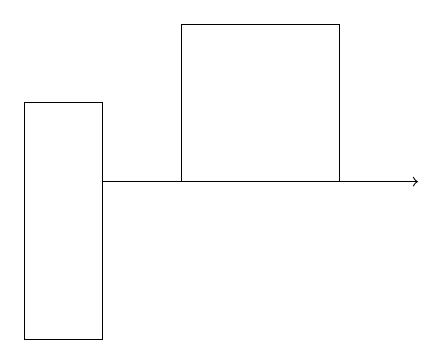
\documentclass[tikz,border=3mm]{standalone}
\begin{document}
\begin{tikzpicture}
\draw[->] (2,12) -- (6,12);
\draw (5,14) rectangle (3,12);
\draw (1,10) rectangle (2,13);
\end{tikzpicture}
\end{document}